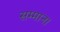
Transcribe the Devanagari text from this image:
सम्‍मान।